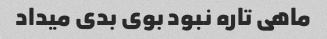
ماهی تاره نبود بوی بدی میداد